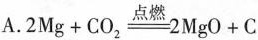
A. $$2Mg+CO_{2}\xlongequal {点燃}